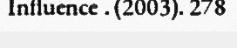
Influence . (2003). 278